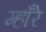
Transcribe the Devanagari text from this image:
म्हाँरे